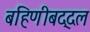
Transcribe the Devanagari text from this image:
बहिणीबद्दल